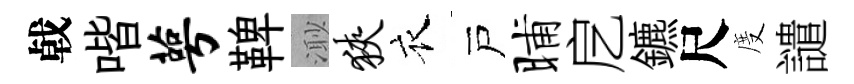
㦸喈萼鞞𣺌狭衣戸晡戹鑣尺度譴